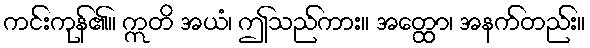
ကင်းကုန်၏။ ဣတိ အယံ၊ ဤသည်ကား။ အတ္ထော၊ အနက်တည်း။